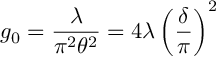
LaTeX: g _ { 0 } = { \frac { \lambda } { \pi ^ { 2 } \theta ^ { 2 } } } = 4 \lambda \left( \frac { \delta } { \pi } \right) ^ { 2 }